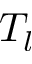
T _ { l }